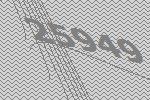
25949